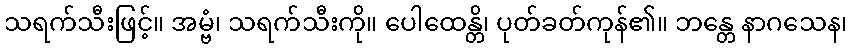
သရက်သီးဖြင့်။ အမ္ဗံ၊ သရက်သီးကို။ ပေါထေန္တိ၊ ပုတ်ခတ်ကုန်၏။ ဘန္တေ နာဂသေန၊